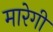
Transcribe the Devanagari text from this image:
मारेगी